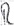
Text: R